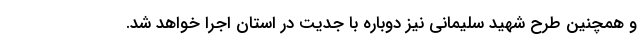
و همچنین طرح شهید سلیمانی نیز دوباره با جدیت در استان اجرا خواهد شد.